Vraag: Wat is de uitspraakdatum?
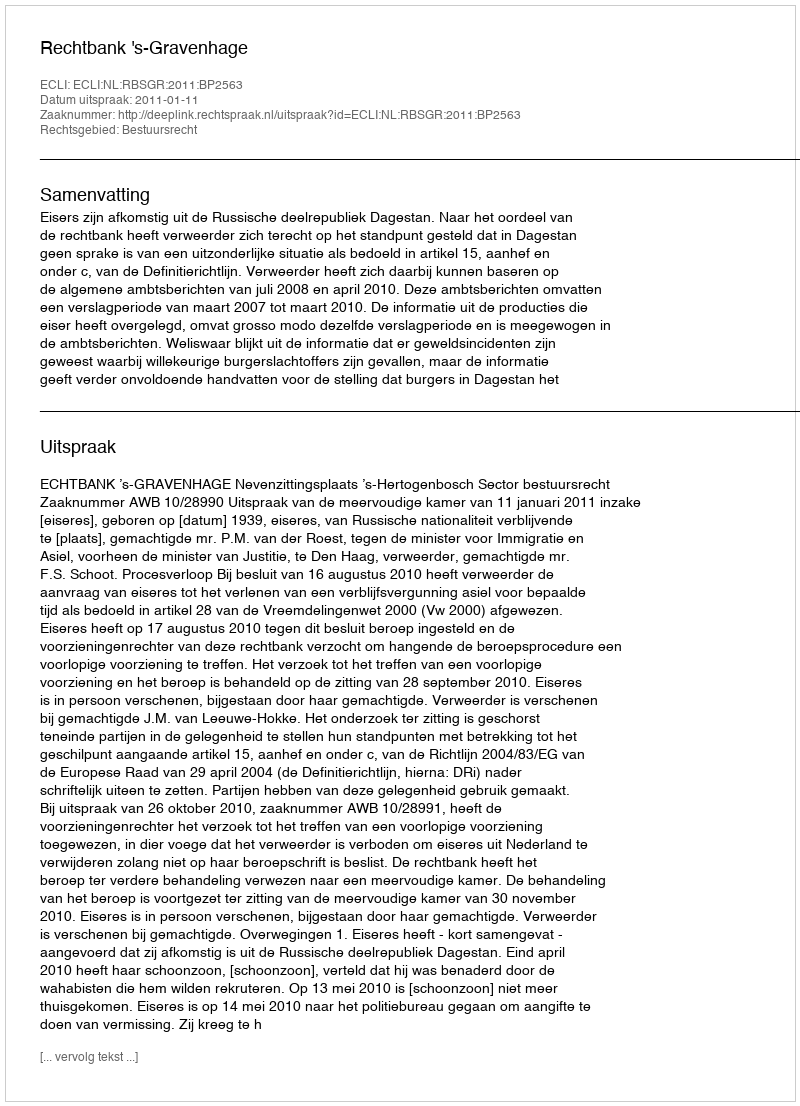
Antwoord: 2011-01-11